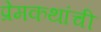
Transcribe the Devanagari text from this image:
प्रेमकथांची